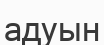
адуын